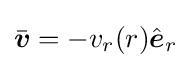
{\bar {\boldsymbol {v}}}=-v_{r}(r){\hat {\boldsymbol {e}}}_{r}